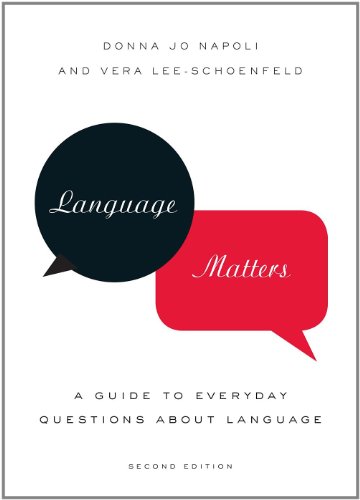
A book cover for Language Matters: A Guide to Everyday Questions About Language; Donna Jo Napoli; Reference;